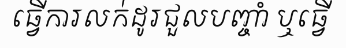
ធ្វើការលក់ដូរជួលបញ្ចាំ ឬធ្វើ